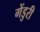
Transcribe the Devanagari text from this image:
गेंडुरी